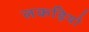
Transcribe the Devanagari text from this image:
लकड़ियो